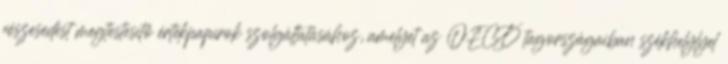
részesedést megtestesítő értékpapírok szolgáltatásához, amelyet az OECD tagországaiban székhelylyel